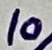
Text: 10